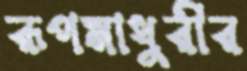
রূপমাধুরীর